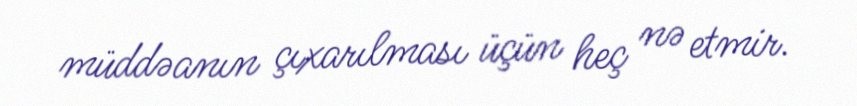
müddəanın çıxarılması üçün heç nə etmir.